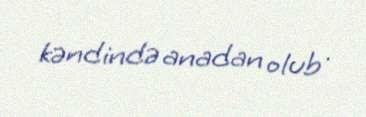
kəndində anadan olub .